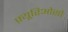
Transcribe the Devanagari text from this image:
फ़्यूरिओसो